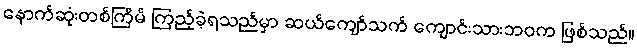
နောက်ဆုံးတစ်ကြိမ် ကြည့်ခဲ့ရသည်မှာ ဆယ်ကျော်သက် ကျောင်းသားဘဝက ဖြစ်သည်။